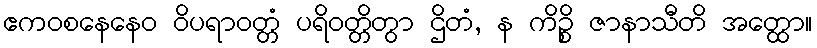
ဧကဝစနေနေဝ ဝိပရာဝတ္တံ ပရိဝတ္တိတွာ ဌိတံ, န ကိဉ္စိ ဇာနာသီတိ အတ္ထော။